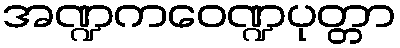
အဏ္ဍကဝေဏ္ဍပုတ္တာ